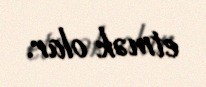
etmək olar.